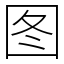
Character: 图